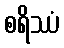
စရိဿံ